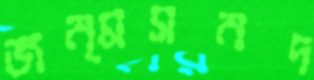
জন্মসনদ